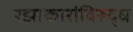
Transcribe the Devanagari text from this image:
रझाकारांविरुद्ध